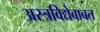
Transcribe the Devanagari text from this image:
अस्त्रविद्येबाबत